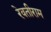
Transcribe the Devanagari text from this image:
रेवतीराम